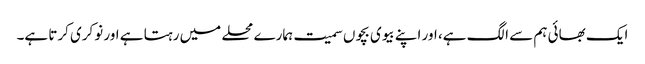
ایک بھائی ہم سے الگ ہے، اور اپنے بیوی بچوں سمیت ہمارے محلے میں رہتا ہے اور نوکری کرتا ہے۔